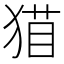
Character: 𰡝